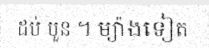
ដប់ បួន ។ ម្យ៉ាងទៀត